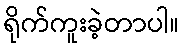
ရိုက်ကူးခဲ့တာပါ။